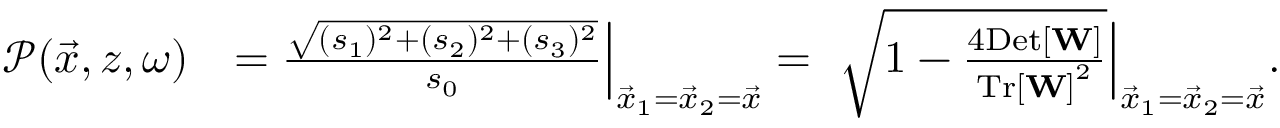
\begin{array} { r l } { \mathcal { P } ( \vec { x } , z , \omega ) } & { = \frac { \sqrt { ( s _ { 1 } ) ^ { 2 } + ( s _ { 2 } ) ^ { 2 } + ( s _ { 3 } ) ^ { 2 } } } { s _ { 0 } } \Big | _ { \vec { x } _ { 1 } = \vec { x } _ { 2 } = \vec { x } } = ~ \sqrt { 1 - \frac { 4 \mathrm { D e t } \left[ { \bf W } \right] } { \mathrm { T r } \left[ { \bf W } \right] ^ { 2 } } } \Big | _ { \vec { x } _ { 1 } = \vec { x } _ { 2 } = \vec { x } } . } \end{array}